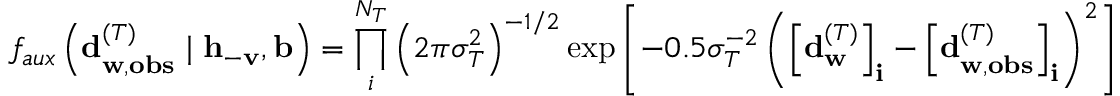
f _ { a u x } \left( \mathbf { d } _ { \mathbf { w } , \mathbf { o b s } } ^ { ( T ) } \mid \mathbf { h } _ { - \mathbf { v } } , \mathbf { b } \right) = \prod _ { i } ^ { N _ { T } } { \left( 2 \pi \sigma _ { T } ^ { 2 } \right) ^ { - 1 / 2 } \exp { \left[ - 0 . 5 \sigma _ { T } ^ { - 2 } \left( \left[ \mathbf { d } _ { \mathbf { w } } ^ { ( T ) } \right] _ { \mathbf { i } } - \left[ \mathbf { d } _ { \mathbf { w } , \mathbf { o b s } } ^ { ( T ) } \right] _ { \mathbf { i } } \right) ^ { 2 } \right] } }